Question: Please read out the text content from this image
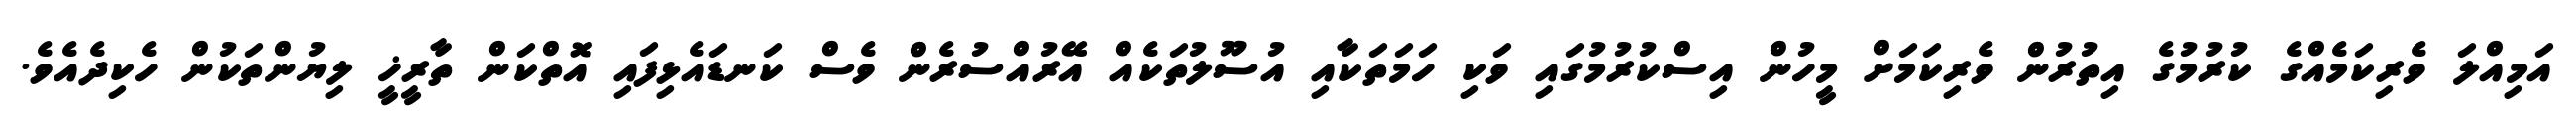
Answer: އަމިއްލަ ވެރިކަމެއްގެ ކުރުމުގެ އިތުރުން ވެރިކަމަށް މީހުން އިސްކުރުމުގައި ވަކި ހަމަތަކާއި އުސޫލުތަކެއް އޭރުއްސުރެން ވެސް ކަނޑައެޅިފައި އޮތްކަން ތާރީޚީ ލިޔުންތަކުން ހެކިދެއެވެ.